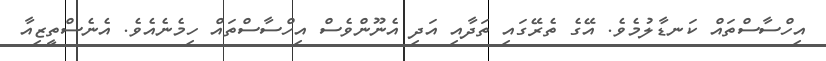
އިހްސާސްތައް ކަނޑާލުމެވެ. އޭގެ ތެރޭގައި ތަދާއި އަދި އެނޫންވެސް އިހްސާސްތައް ހިމެނެއެވެ. އެނެސްތީޒިއާ